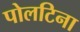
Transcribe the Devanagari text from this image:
पोलटिना